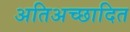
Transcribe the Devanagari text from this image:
अतिअच्छादित